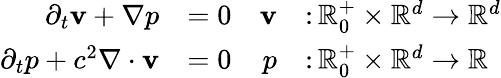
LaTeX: \begin{array}{rlrl}{\partial_{t}\mathbf v+\nabla p}&{=0}&{\mathbf v}&{\colon\mathbb R_{0}^{+}\times\mathbb R^{d}\to\mathbb R^{d}}\\ {\partial_{t}p+c^{2}\nabla\cdot\mathbf v}&{=0}&{p}&{\colon\mathbb R_{0}^{+}\times\mathbb R^{d}\to\mathbb R}\end{array}